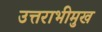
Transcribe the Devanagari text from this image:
उत्तराभीमुख